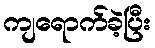
ကျရောက်ခဲ့ပြီး